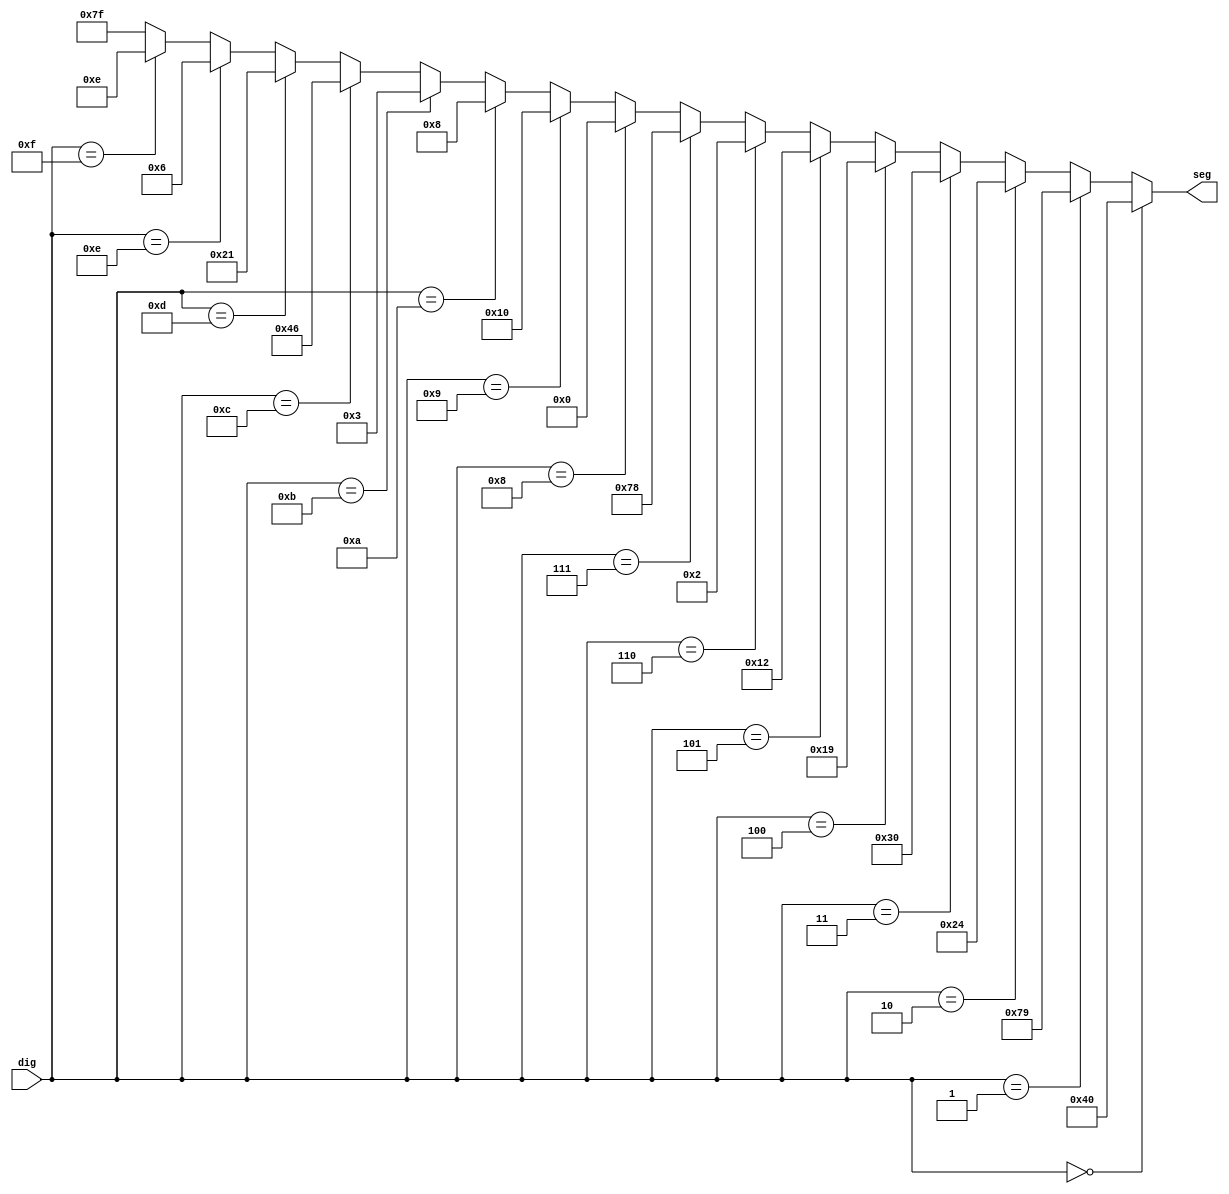
`timescale 1ns / 1ps
//////////////////////////////////////////////////////////////////////////////////
// Company: 
// Engineer: 
// 
// Design Name: 
// Module Name:    D7seg 
// Project Name: 
// Target Devices: 
// Tool versions: 
// Description: 
//
// Dependencies: 
//
// Revision: 
// Revision 0.01 - File Created
// Additional Comments: 
//
//////////////////////////////////////////////////////////////////////////////////
module D7seg(
	input [3:0]dig,
	output wire [6:0]seg
);

assign seg =	(dig==0)?  7'b1000000:
					(dig==1)?  7'b1111001:
					(dig==2)?  7'b0100100:
					(dig==3)?  7'b0110000:
					(dig==4)?  7'b0011001:
					(dig==5)?  7'b0010010:
					(dig==6)?  7'b0000010:
					(dig==7)?  7'b1111000:
					(dig==8)?  7'b0000000:
					(dig==9)?  7'b0010000:
					(dig==10)? 7'b0001000:
					(dig==11)? 7'b0000011:
					(dig==12)? 7'b1000110:
					(dig==13)? 7'b0100001:
					(dig==14)? 7'b0000110:
					(dig==15)? 7'b0001110:
								  7'b1111111;

endmodule